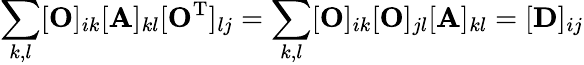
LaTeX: \sum_{k,l}[\mathbf{O}]_{ik}[\mathbf{A}]_{kl}[\mathbf{O}^{\mathrm{T}}]_{lj}=\sum_{k,l}[\mathbf{O}]_{ik}[\mathbf{O}]_{jl}[\mathbf{A}]_{kl}=[\mathbf{D}]_{ij}